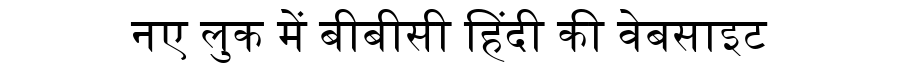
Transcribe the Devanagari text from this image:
नए लुक में बीबीसी हिंदी की वेबसाइट